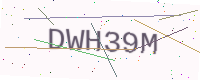
Text: DWH39M